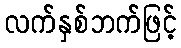
လက်နှစ်ဘက်ဖြင့်